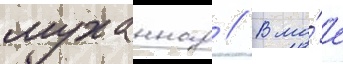
муханнад // В ма́е